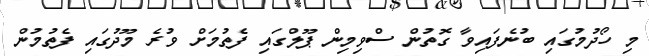
މި ހޯދުމުގައި ބުނެފައިވާ ގޮތުން ސްވިިމިން ޕޫލްގައި ފެތުމަށް ވުރެ މޫދުގައި ފެތުމުން